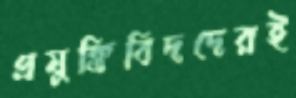
প্রযুক্তিবিদদেরই